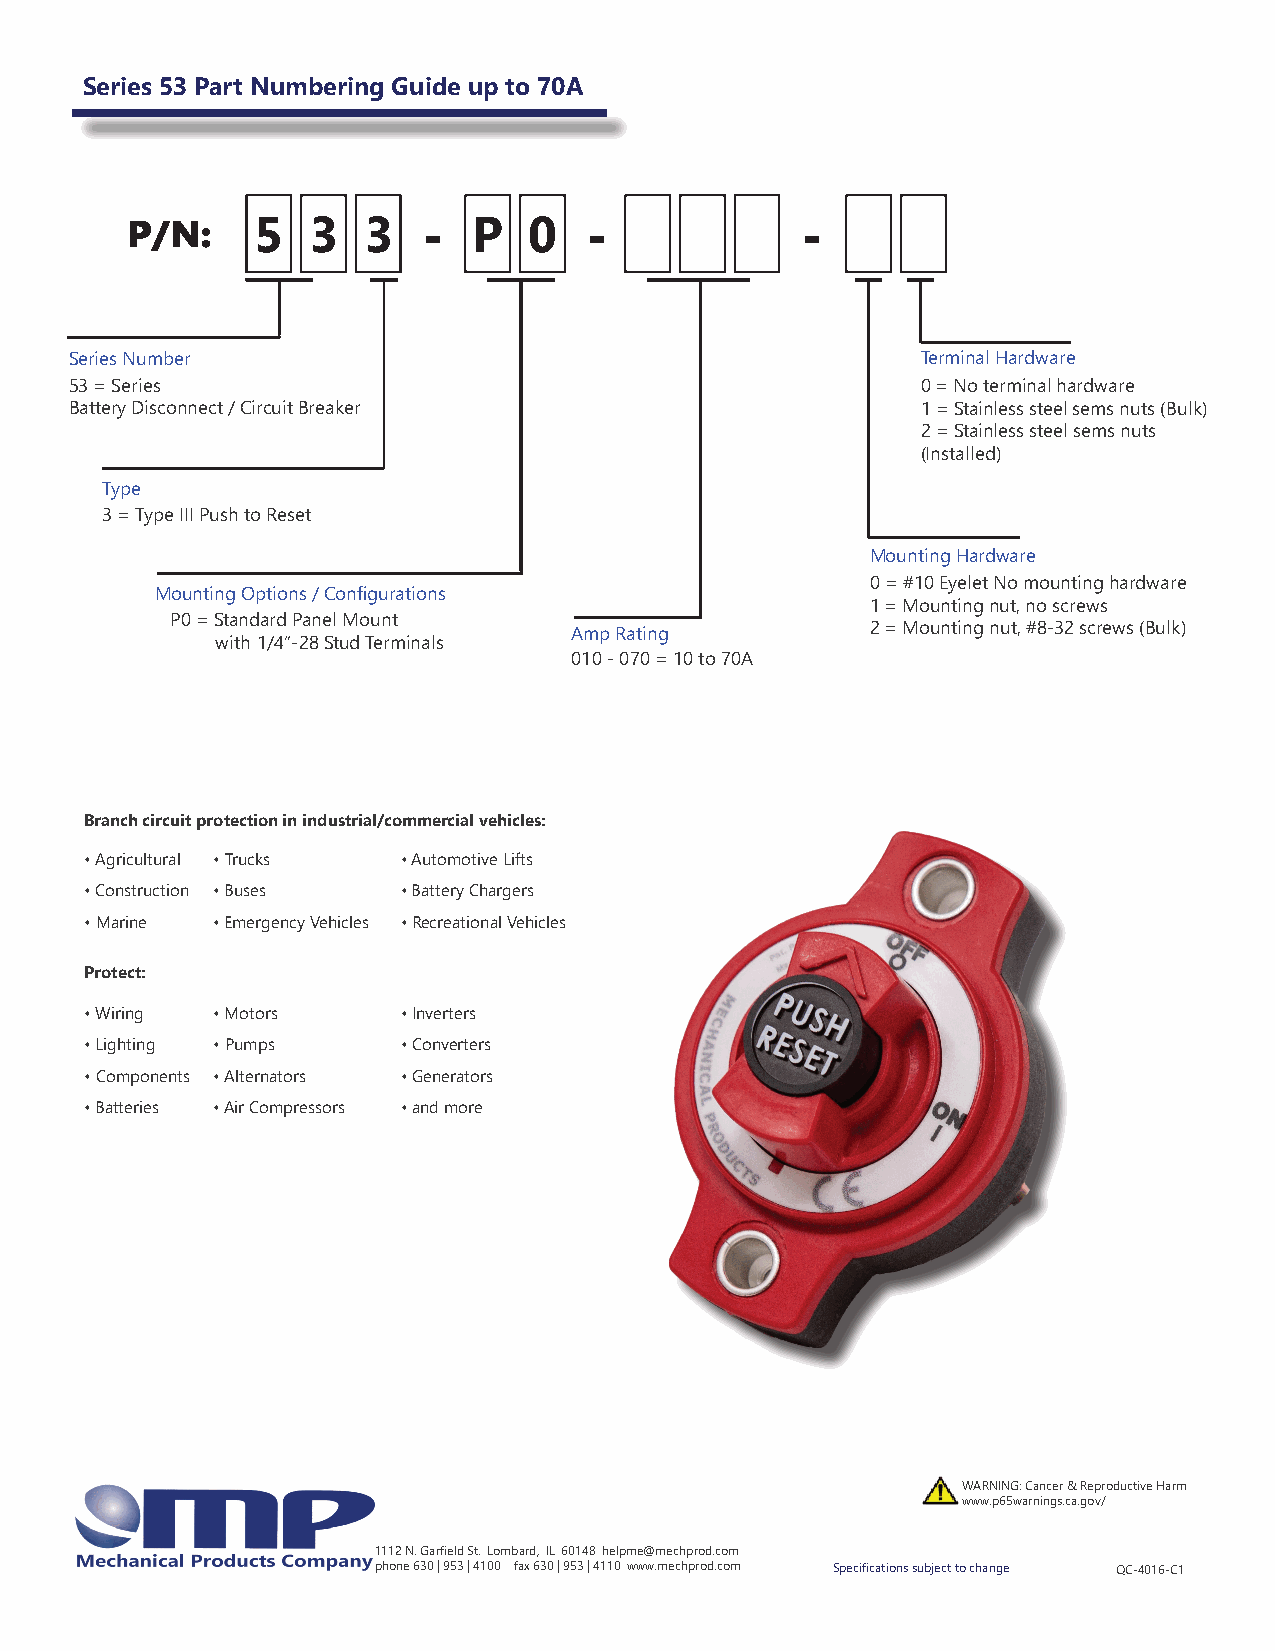
Series 53 Part Numbering Guide up to 70A
 P/N:     5  3   3   -  P   0   -             -
 Series Number                                           Terminal Hardware
 53 = Series                                             0 = No terminal hardware
 Battery Disconnect / Circuit Breaker                    1 = Stainless steel sems nuts (Bulk)
 2 = Stainless steel sems nuts
 (Installed)
 Type
 3 = Type III Push to Reset
 Mounting Hardware
 0 = #10 Eyelet No mounting hardware
 Mounting Options / Configurations
 1 = Mounting nut, no screws
 P0 = Standard Panel Mount
 Amp Rating          2 = Mounting nut, #8-32 screws (Bulk)
 with 1/4”-28 Stud Terminals
 010 - 070 = 10 to 70A
 Branch circuit protection in industrial/commercial vehicles:
 • Agricultural • Trucks • Automotive Lifts
 • Construction • Buses • Battery Chargers
 • Marine • Emergency Vehicles • Recreational Vehicles
 Protect:
 • Wiring • Motors    • Inverters
 • Lighting • Pumps   • Converters
 • Components • Alternators • Generators
 • Batteries • Air Compressors • and more
 WARNING: Cancer & Reproductive Harm
 www.p65warnings.ca.gov/
 1112 N. Garfield St. Lombard, IL 60148 helpme@mechprod.com
 phone 630 | 953 | 4100 fax 630 | 953 | 4110 www.mechprod.com Specifications subject to change QC-4016-C1